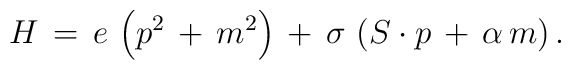
H \,=\, e\,\left( p^2 \,+\, m^2 \right) \,+\, \sigma \,\left( S \cdot p \, +\,  \alpha \, m\right).